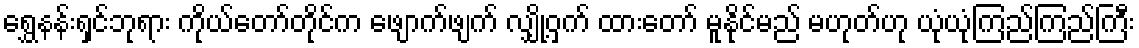
ရွှေနန်းရှင်ဘုရား ကိုယ်တော်တိုင်က ဖျောက်ဖျက် လျှို့ဝှက် ထားတော် မူနိုင်မည် မဟုတ်ဟု ယုံယုံကြည်ကြည်ကြီး